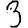
Digit: 3